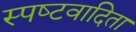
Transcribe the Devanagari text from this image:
स्‍पष्‍टवादिता